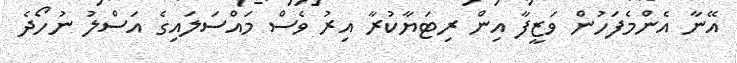
އޭނާ އެންމެފަހުން ވަޒީފާ އިން ރިޓަޔާކުރާ އިރު ވެސް މައްސަލައިގެ އަސްލު ނުހޯދެ